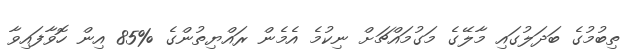
ތިބުމުގެ ބަދަލުގައި މާލޭގެ މަގުމައްޗަށް ނިކުމެ އެމެން ރައްޔިތުންގެ %85 އިން ހޮވާފައިވާ